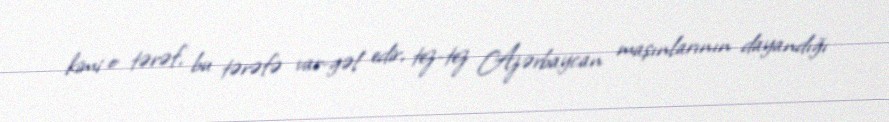
kimi o tərəf, bu tərəfə var-gəl edir, tez-tez Azərbaycan maşınlarının dayandığı